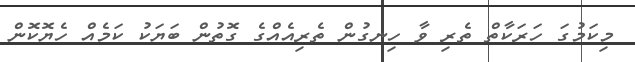
މިކަމުގަ ހަރަކާތް ތެރި ވާ ހިނގުން ތެރިއެއްގެ ގޮތުން ބަޔަކު ކަމެއް ހެޔޮކޮން